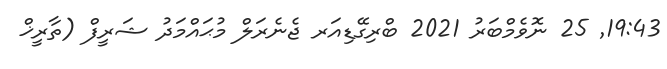
19:43